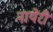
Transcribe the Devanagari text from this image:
नायेरी